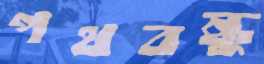
পথবন্ধু